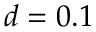
d = 0 . 1